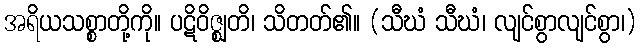
အရိယသစ္စာတို့ကို။ ပဋိဝိဇ္ဈတိ၊ သိတတ်၏။ (သီဃံ သီဃံ၊ လျင်စွာလျင်စွာ၊)